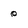
Character: 0